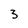
Character: 3